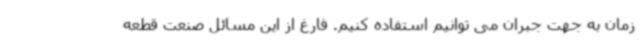
زمان به جهت جبران می توانیم استفاده کنیم. فارغ از این مسائل صنعت قطعه